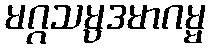
မဂ္ဂသမ္ပဒမာဂမ္မ